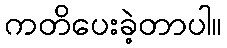
ကတိပေးခဲ့တာပါ။